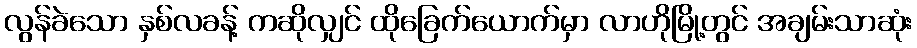
လွန်ခဲသော နှစ်လခန့် ကဆိုလျှင် ထိုခြေက်ယောက်မှာ လာဟိုမြို့တွင် အချမ်းသာဆုံး